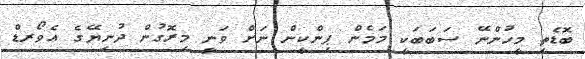
ބޮޑެތި މީހުންނޭ ސަބަބަކީ މަމެން ޕިންކީން ނަށް ވަނީ މިރޮގުން ދުނިޔޭގެ އެވޯރޑް